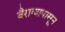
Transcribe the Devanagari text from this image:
वैराग्यापासून